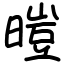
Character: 暟